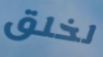
لخلق